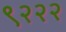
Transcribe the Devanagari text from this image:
९२२२